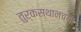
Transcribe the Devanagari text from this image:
तुर्कस्थानच्या